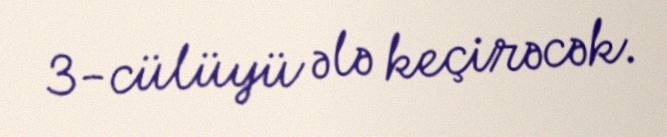
3-cülüyü ələ keçirəcək.